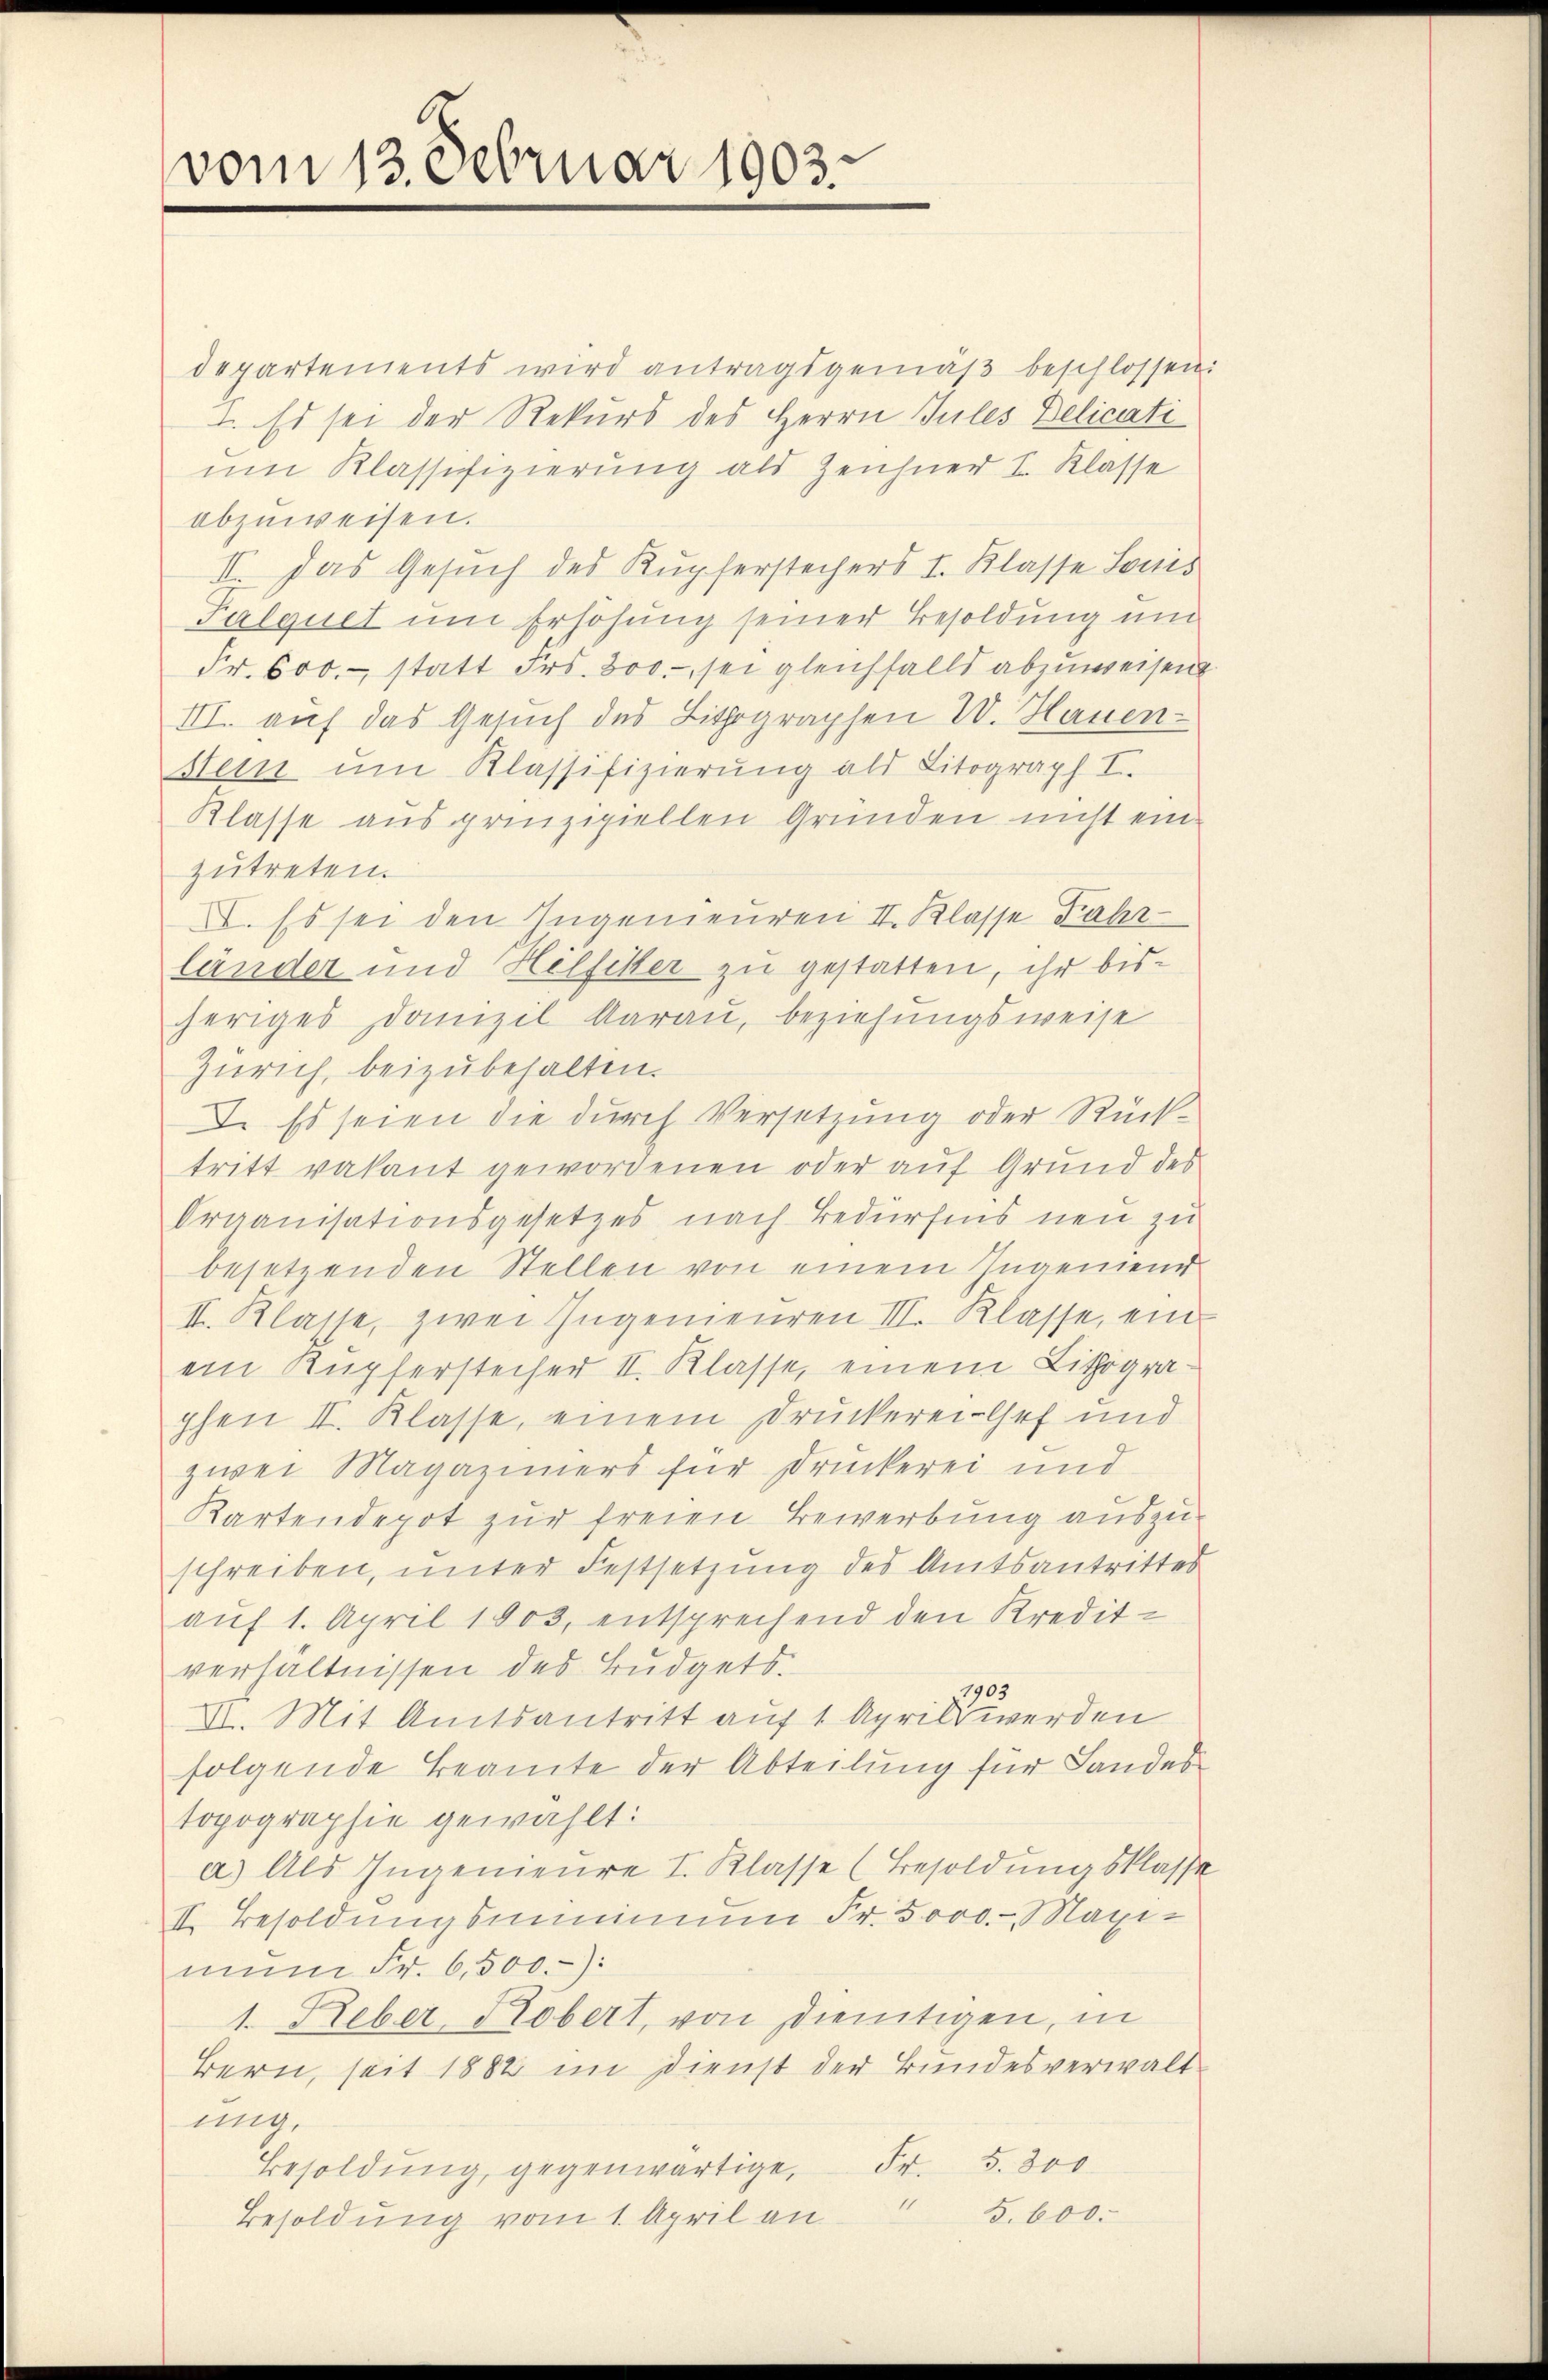
vom 13. Februar 1903.

departements wird antragsgemäß beschlossen:
I. Es sei der Rekurs des Herrn Jules Delicati
um Klassifizierung als Zeichner I. Klasse
abzuweisen.
II. Das Gesuch des Kupferstechers I. Klasse Louis
Falquel um Erhöhung seiner Besoldung und
Fr. 600.- statt Frs. 300. sei gleichfalls abzuweisen
III. auf das Gesuch des Lithographen W. Hauen-
stein um Klassifizierung als Litograph I.
Klasse aus prinzipiellen Gründen nicht einzutreten.
I. Es sei den Ingenieuren II. Klasse Fahr-
länder und Hilfeler zu gestatten, ihr bisheriges Domizil darau, beziehungsweise
Zürich, beizubehalten.
I. Es seien die durch Versetzung oder Rück-
tritt vakant gewordenen oder auf Grund des
Organisationsgesetzes nach Bedürfnis neu zu
besetzenden Stellen von einem Ingeniend
I. Klasse, zwei Ingenieuren III. Klasse, ein
ein Kupfersteifer II. Klasse, einem Lithographen II. Klasse, einem Druckerei Chef und
zwei Magazimers für Druckerei und
Kartendepot zur freien Bewerbung auszu-
schreiben, unter Festsetzung des Amtsantrittes
auf 1. April 1803, entsprechend den Kredit-
verhältnissen des Bŭdgets.
1903
VI. Mit Amtsantritt auf 1 April werden
folgende Beamte der Abteilung für Landes
topographie gewählt:
a) Als Ingenieure I. Klasse (Besoldungsklasse
II. Besoldungsminimum Fr. 5000.- Maxi-
mun Fr. 6,500.-):
1. Reber, Robert, von dientigen, in
Bern, seit 1882 im Dienst der Bundesverwaltung.
Besoldŭng, gegenwärtige, Fr. 5. 300
" S. 600.
Besoldung vom 1. April an